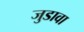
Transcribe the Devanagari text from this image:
जुडावा